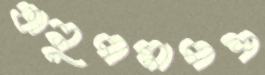
অনুপমাপশ